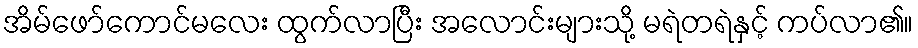
အိမ်ဖော်ကောင်မလေး ထွက်လာပြီး အလောင်းများသို့ မရဲတရဲနှင့် ကပ်လာ၏။